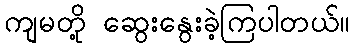
ကျမတို့ ဆွေးနွေးခဲ့ကြပါတယ်။